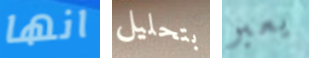
انها بتحليل يعبر